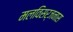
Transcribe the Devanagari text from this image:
मलविसर्जनास